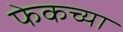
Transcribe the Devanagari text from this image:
फेकच्या